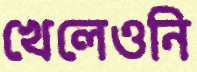
খেলেওনি